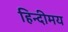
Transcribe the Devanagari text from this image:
हिन्दीमय